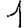
Digit: 1